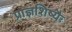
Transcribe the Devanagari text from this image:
प्राज्ञशिष्यैः